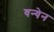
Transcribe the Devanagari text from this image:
वन्येन